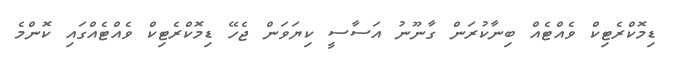
ޑިމޮކްރެޓިކް ވެއްޓެއް ބިނާކުރަން ގާނޫނު އަސާސީ ކިޔަވަން ޖެހޭ ޑިމޮކްރެޓިކް ވެއްޓެއްގައި ކޮންމެ